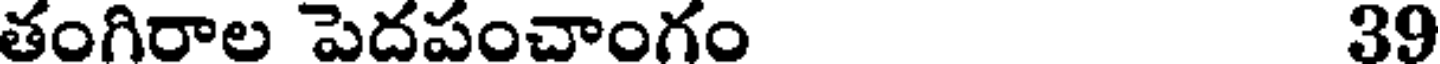
తంగిరాల పెదపంచాంగం 39